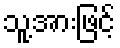
သူ့အားဖြင့်